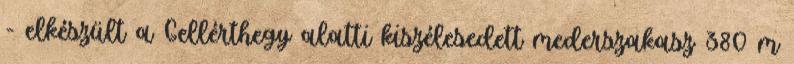
- elkészült a Gellérthegy alatti kiszélesedett mederszakasz 380 m